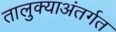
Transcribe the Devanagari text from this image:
तालुक्याअंतर्गत